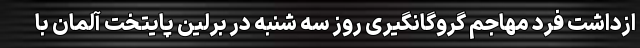
ازداشت فرد مهاجم گروگانگیری روز سه شنبه در برلین پایتخت آلمان با